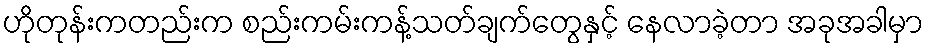
ဟိုတုန်းကတည်းက စည်းကမ်းကန့်သတ်ချက်တွေနှင့် နေလာခဲ့တာ အခုအခါမှာ